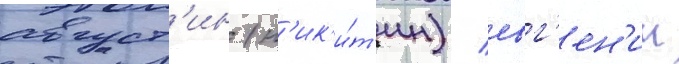
август'ин (н'ик'и́т'ин) / евг'ен'ии